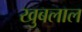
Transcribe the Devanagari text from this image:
खुबलाल